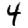
Digit: 4